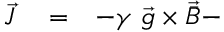
\begin{array} { r l r } { \vec { \cal J } } & { { } = } & { - \gamma \ \vec { g } \times \vec { \bar { B } } - } \end{array}